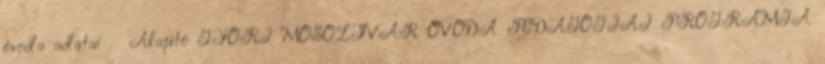
óvoda adatai Alapító GYŐRI MOSOLYVÁR ÓVODA PEDAGÓGIAI PROGRAMJA